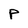
Character: P